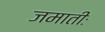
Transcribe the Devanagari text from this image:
जमातीः